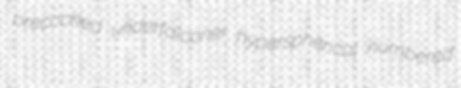
precooked underfalconer hyperspherical numbered